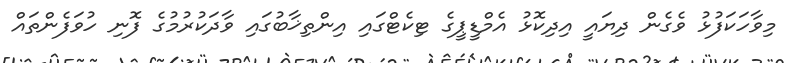
މިވާހަކަފުޅު ވެގެން ދިޔައީ އިދިކޮޅު އެމްޑީޕީގެ ޓިކެޓްގައި އިންތިޚާބުގައި ވާދަކުރުމުގެ ފޮނި ހުވަފެންތައް